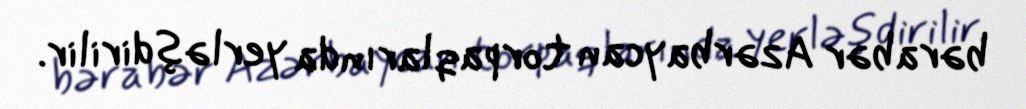
bərabər Azərbaycan torpaqlarında yerləşdirilir.